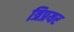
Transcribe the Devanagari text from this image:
त्रिप्रयर